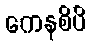
ကေနစိပိ